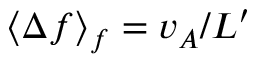
\langle \Delta f \rangle _ { f } = v _ { A } / L ^ { \prime }